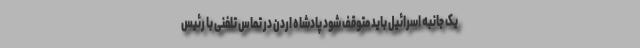
یک جانبه اسرائیل باید متوقف شود پادشاه اردن در تماس تلفنی با رئیس